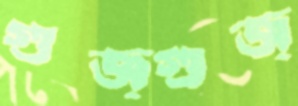
গুজ্‌গুজ্‌